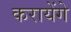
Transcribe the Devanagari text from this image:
करायेंगे